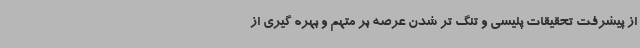
از پیشرفت تحقیقات پلیسی و تنگ تر شدن عرصه بر متهم و بهره گیری از